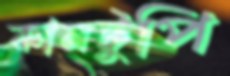
কানটুপি